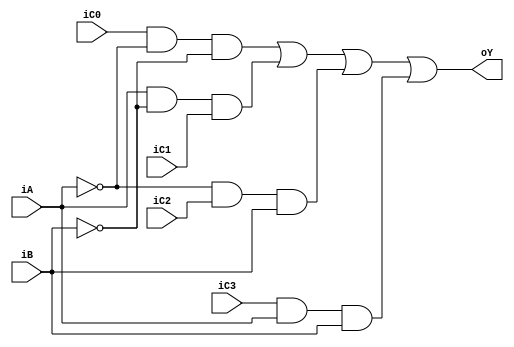
module CODI2(
       input iC0,
		 input iC1,
		 input iC2,
		 input iC3,
		 input iA,
		 input iB,
		 output oY
		 );
		 
		 
assign oY=((iC0&~iA&~iB)|(iA&~iB&iC1)|(~iA&iC2&iB)|(iC3&iA&iB));

endmodule